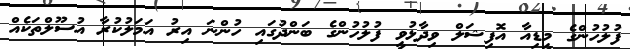
ފުލުހުންގެ މީޑިއާ އޮފިޝަލް ވިދާޅުވީ ފުލުހުންގެ ބަންދުގައި ހުންނަ އިރު އަމަލުކުރާ އުސޫލްތަކެއް